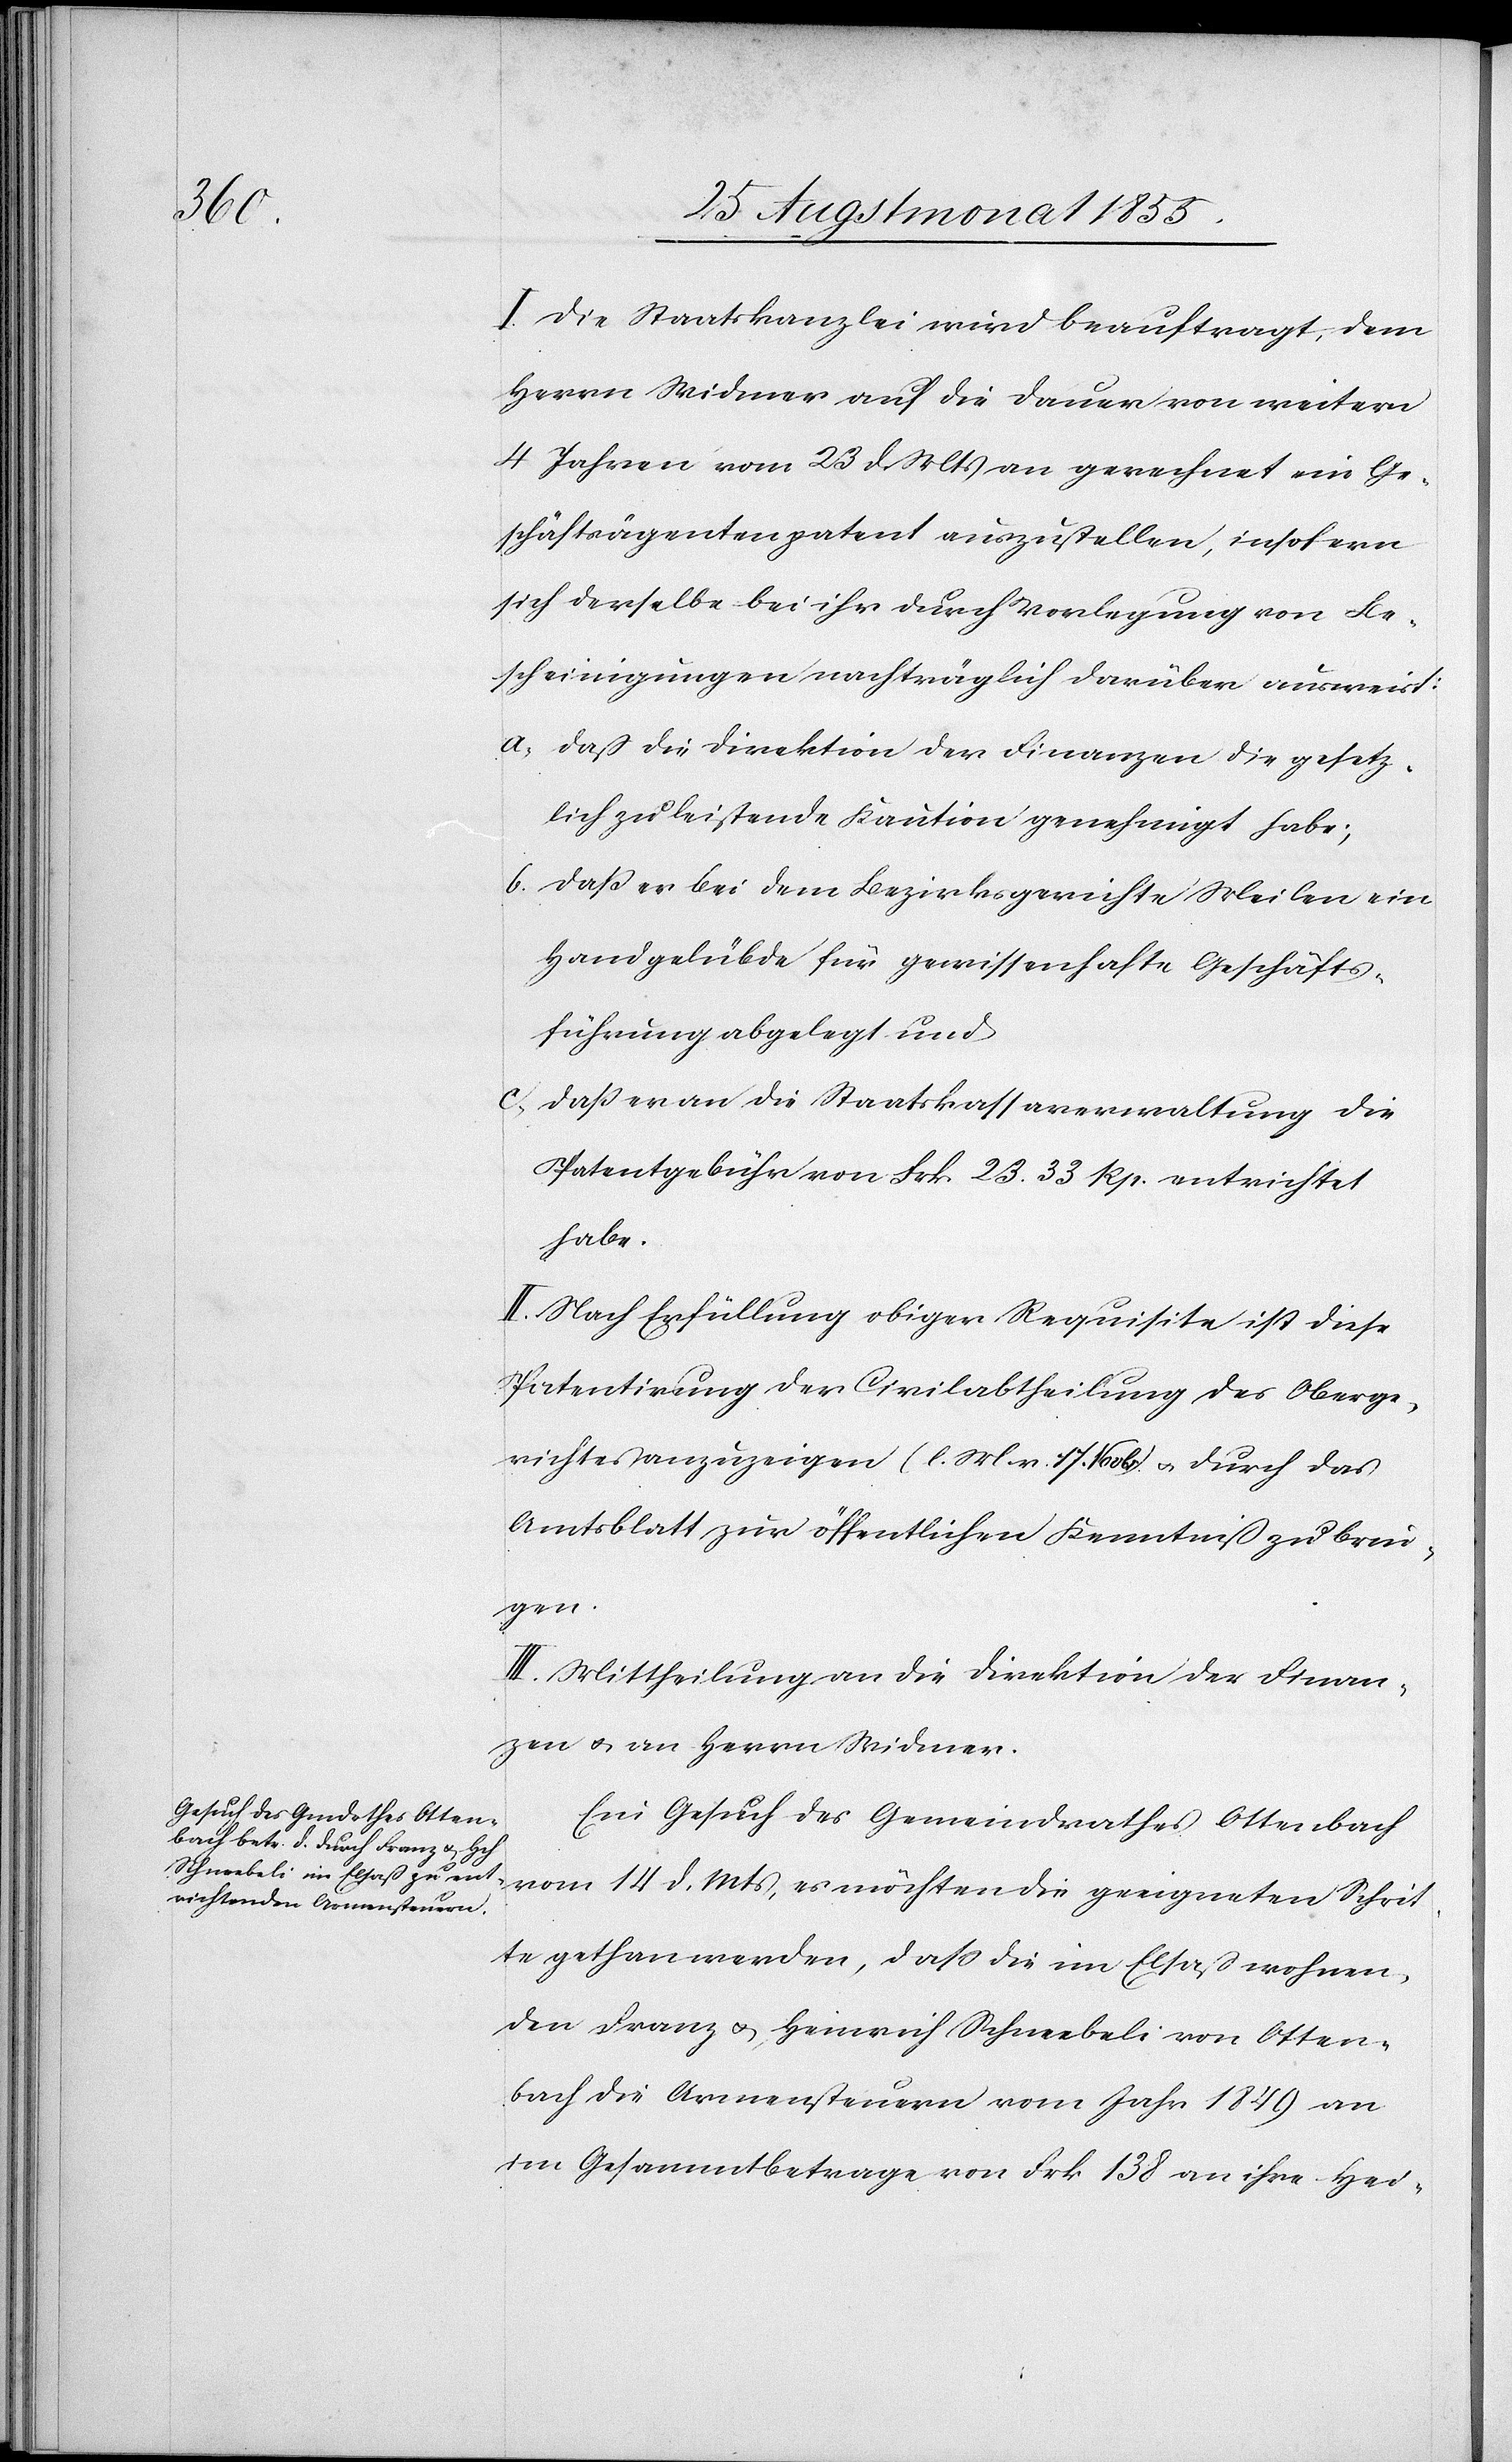
I. Die Staatskanzlei wird beauftragt, dem
Herrn Widmer auf die Dauer von weitern
4 Jahren vom 23 d. Mts an gerechnet ein Ge¬
schäftsagentenpatent auszustellen, insofern
sich derselbe bei ihr durch Vorlegung von Be¬
scheinigungen nachträglich darüber ausweist:
daß die Direktion der Finanzen die gesetz¬
lich zu leistende Kaution genehmigt habe;
daß er bei dem Bezirksgerichte Meilen ein
Handgelübde für gewissenhafte Geschäfts¬
führung abgelegt und
daß er an die Staatskassaverwaltung die
Patentgebühr von Frk. 23. 33 Rp. entrichtet
habe.
II. Nach Erfüllung obiger Requisite ist diese
Patentirung der Civilabtheilung des Oberge¬
richtes anzuzeigen (l. M. v. 17. Novbr.) & durch das
Amtsblatt zur öffentlichen Kenntniß zu brin¬
gen.
III. Mittheilung an die Direktion der Finan¬
zen & an Herrn Widmer.
Ein Gesuch des Gemeindrathes Ottenbach
vom 14 d. Mts, es möchten die geeigneten Schrit¬
te gethan werden, dass die im Elsaß wohnen¬
den Franz & Heinrich Schneebeli von Otten¬
bach die Armensteuern vom Jahr 1849 an
im Gesammtbetrage von Frk 138 an ihre Hei-